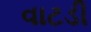
વાટડી